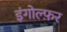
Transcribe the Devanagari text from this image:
इंगोल्फ़र